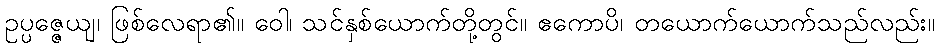
ဥပ္ပဇ္ဇေယျ၊ ဖြစ်လေရာ၏။ ဝေါ၊ သင်နှစ်ယောက်တို့တွင်။ ဧကောပိ၊ တယောက်ယောက်သည်လည်း။